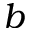
\boldsymbol b